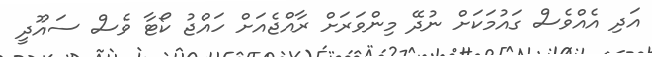
އަދި އެއްވެސް ގައުމަކަށް ނުދޭ މިންވަރަށް ރާއްޖެއަށް ހައްޖު ކޯޓާ ވެސް ސައޫދީ